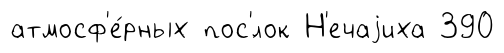
атмосф'е́рных пос'́лок Н'ечаjиха 390